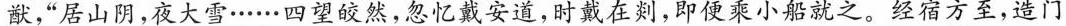
猷， ”居山阴，夜大雪……四望皎然，忽忆戴安道，时戴在则，即便乘小船就之。经宿方至，造门